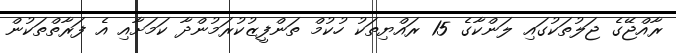
ރާއްޖޭގެ ޖަލުތަކުގައި ލަންކާގެ 15 ރައްޔިތަކު ހުކުމް ތަންފީޒުކުރަމުންދާ ކަމަށާއި އެ ފަރާތްތަކުން